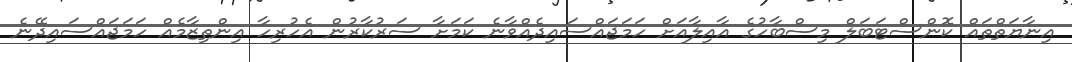
އިނާޔަތްތައް ކޮންސްޓަބަލް މިސްބާހުގެ އާއިލާއަށް ހަމަޖައްސައިދެއްވާނެ ކަމަށާ ސަރުކާރުން އެހުރިހާ އިންތިޒާމެއް ހަމަޖައްސައިދޭނެ